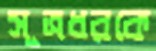
সূত্রধরকে